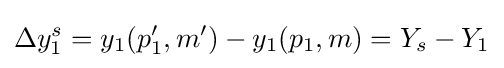
\Delta y_{1}^{s}=y_{1}(p_{1}',m')-y_{1}(p_{1},m)=Y_{s}-Y_{1}